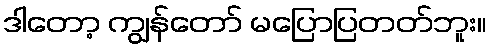
ဒါတော့ ကျွန်တော် မပြောပြတတ်ဘူး။